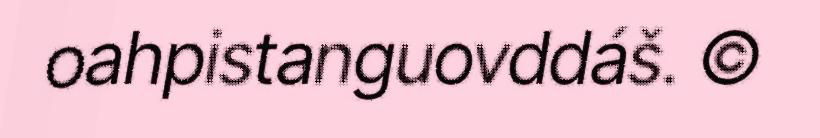
oahpistanguovddáš. ©